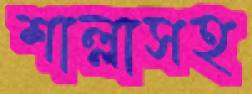
শাল্লাসহ